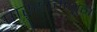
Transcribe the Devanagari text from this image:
पाऱ्यामधून